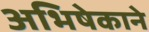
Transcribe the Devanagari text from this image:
अभिषेकाने